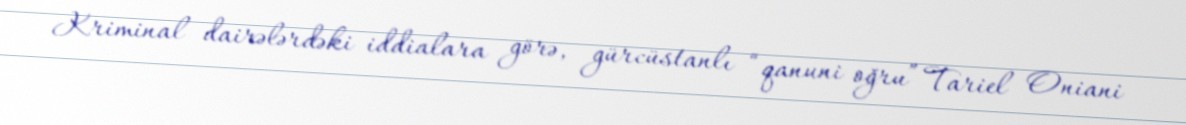
Kriminal dairələrdəki iddialara görə, gürcüstanlı “qanuni oğru” Tariel Oniani